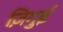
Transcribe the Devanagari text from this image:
ज़िगुई